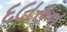
દલહન